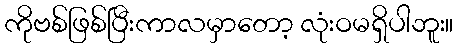
ကိုဗစ်ဖြစ်ပြီးကာလမှာတော့ လုံးဝမရှိပါဘူး။